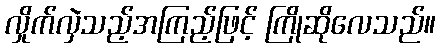
လှိုက်လှဲသည့်အကြည့်ဖြင့် ကြိုဆိုလေသည်။